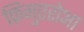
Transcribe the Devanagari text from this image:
फ़िगुएरोआ